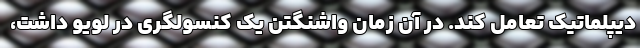
دیپلماتیک تعامل کند. در آن زمان واشنگتن یک کنسولگری در لویو داشت،